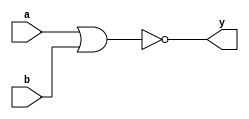
module nor_gate(a,b,y);
input a,b;
output wire y;
nor(y,a,b);
endmodule